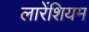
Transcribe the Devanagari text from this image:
लारेंशियम